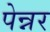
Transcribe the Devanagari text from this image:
पेन्नर